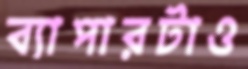
ব্যাপারটাও